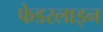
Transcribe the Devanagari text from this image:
फेडरलाइन